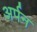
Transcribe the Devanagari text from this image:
अर्पन